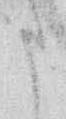
う